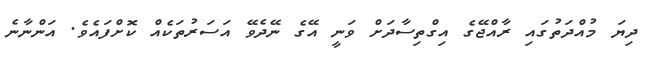
ދިޔަ މުއްދަތުގައި ރާއްޖޭގެ އިގްތިސާދަށް ވަނީ އޭގެ ނޭދެވޭ އަސަރުތަކެއް ކޮށްފައެވެ. އަންނާނެ